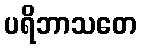
ပရိဘာသတေ